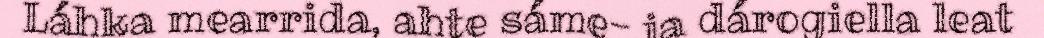
Láhka mearrida, ahte sáme- ja dárogiella leat